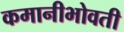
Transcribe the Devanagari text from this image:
कमानीभोवती